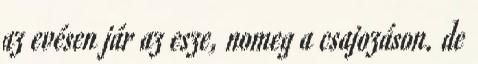
az evésen jár az esze, nomeg a csajozáson. de